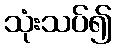
သုံးသပ်၍